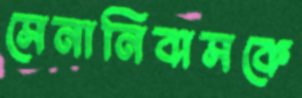
সেনানিবাসকে